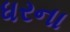
ધરના